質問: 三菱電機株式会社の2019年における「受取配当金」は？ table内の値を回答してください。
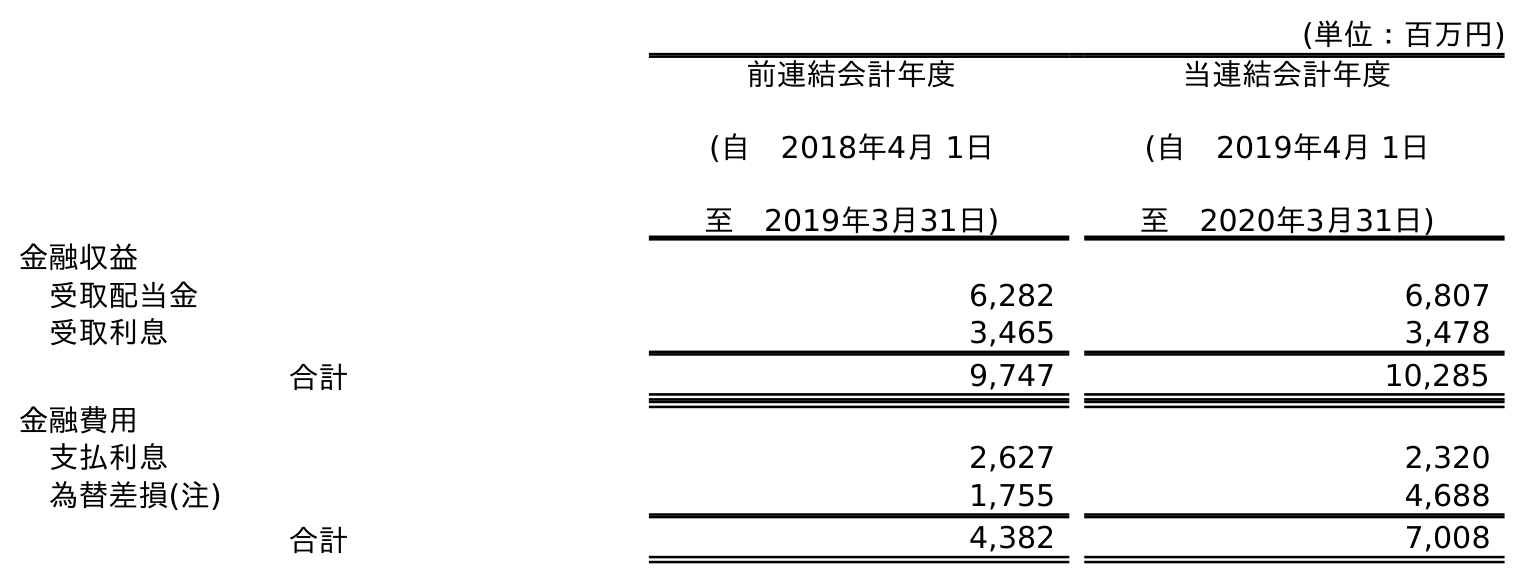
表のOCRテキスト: (単位：百万円) 前連結会計年度 (自 2018年4月 1日 至 2019年3月31日) 当連結会計年度 (自 2019年4月 1日 至 2020年3月31日) 金融収益 受取配当金 6,282 6,807 受取利息 3,465 3,478 合計 9,747 10,285 金融費用 支払利息 2,627 2,320 為替差損(注) 1,755 4,688 合計 4,382 7,008
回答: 6,282